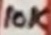
Text: 10K